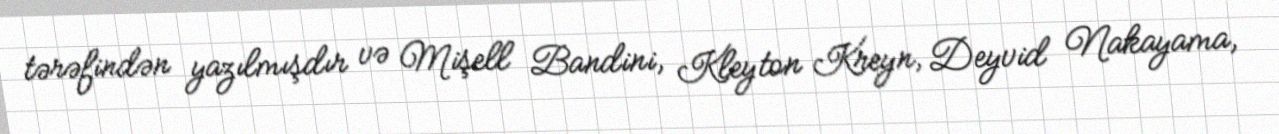
tərəfindən yazılmışdır və Mişell Bandini, Kleyton Kreyn, Deyvid Nakayama,